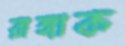
রাঙ্গাক